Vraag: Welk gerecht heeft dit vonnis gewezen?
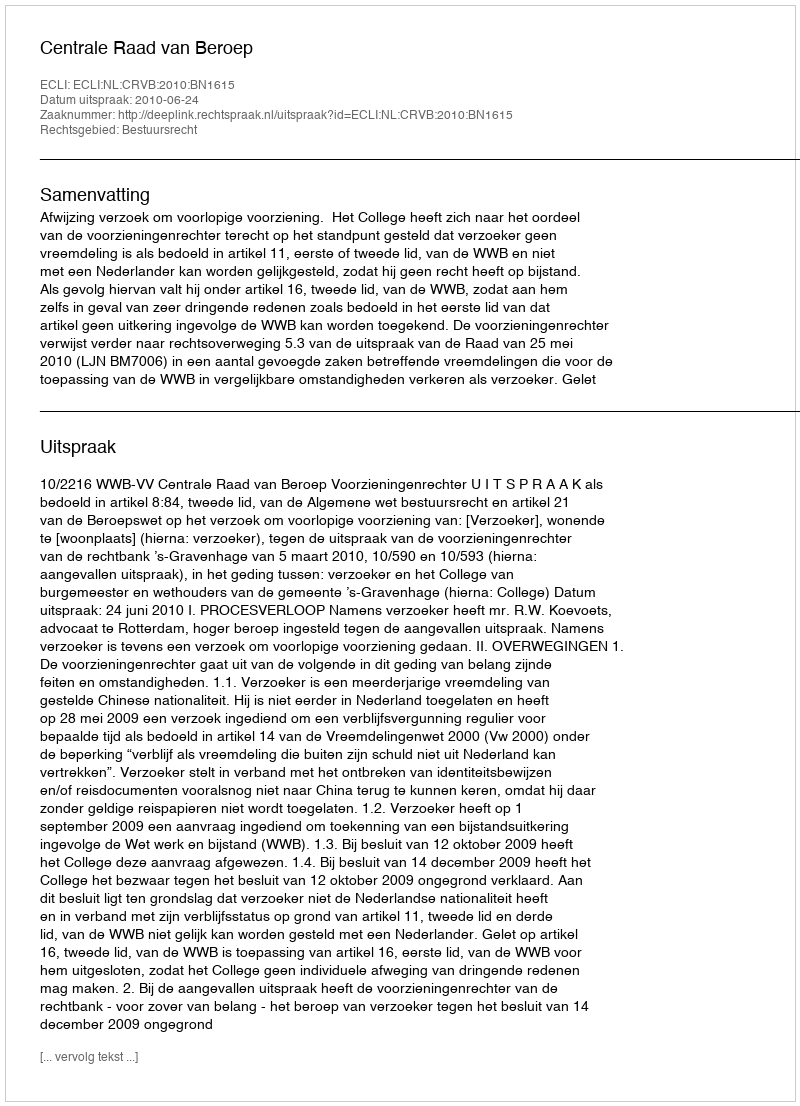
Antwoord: Centrale Raad van Beroep